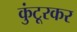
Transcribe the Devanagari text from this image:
कुंटूरकर